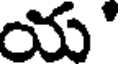
య'